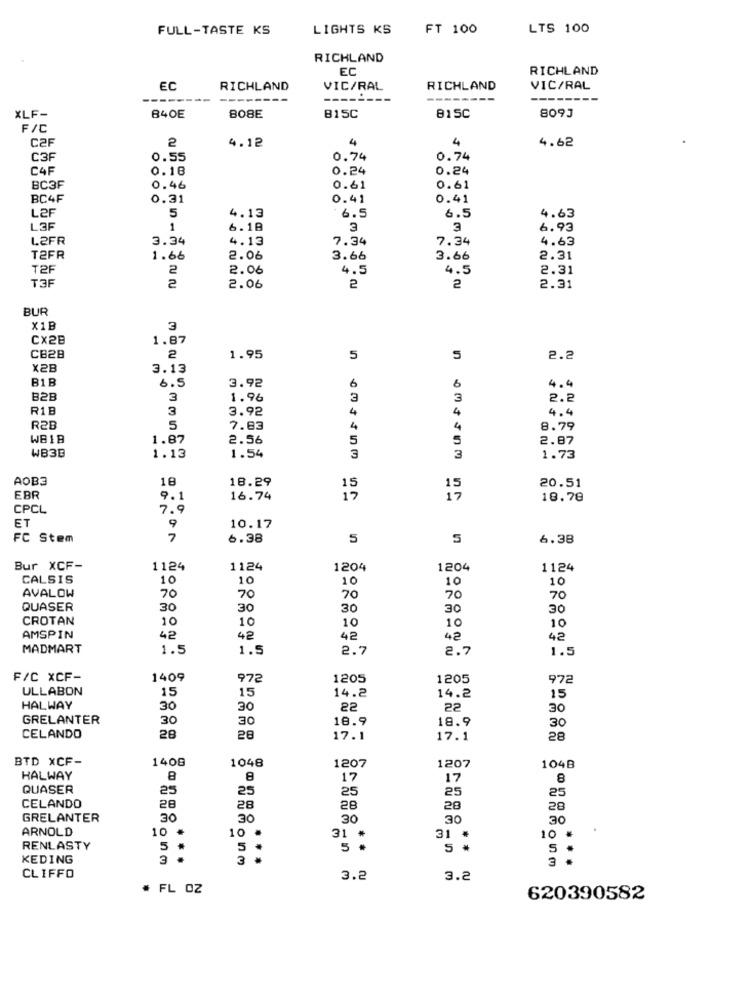
FULL-TASTE KS
LIGHTS KS
FT 100
LTS 100
RICHLAND
EC
RICHLAND
EC
RICHLAND
VIC/RAL
RICHLAND
VIC/RAL
-----
XLF-
B40E
808E
B15C
815C
8093
F/C
C2F
2
4.12
4
4
4.62
C3F
0.55
0.74
0.74
CAF
0.18
0.24
0.24
BC3F
0.46
0.61
0.61
BC4F
0.31
0.41
0.41
L2F
5
4.13
6.5
6.5
4.63
L3F
1
6.18
3
3
6.93
L2FR
3.34
4.13
7.34
7.34
4.63
T2FR
1.66
2.06
3.66
3.66
2.31
T2F
2
2.06
4.5
4.5
2.31
T3
2
2.06
2
2
2.31
BUR
X1B
3
Cx2B
1.87
CB28
2
1.95
5
5
2.2
X2E
3.13
B1B
6.5
3.92
6
6
4.4
B2B
3
1.96
3
3
2.2
R1B
3
3.92
4
4
4.4
R2B
5
7.83
4
4
8.79
WB18
1.87
2.56
5
5
2.87
WB3B
1.13
1.54
3
3
1.73
AOB3
18
18.29
20.51
15
EBR
9.1
16.74
17
18.78
CPCL
7.9
ET
10.17
FC Stem
7
6.38
5
5
6.38
Bur XCF-
1124
1124
1204
1204
1124
CALSIS
10
10
10
10
10
AVALOW
70
70
70
70
70
QUASER
30
30
30
30
30
CROTAN
10
10
10
10
10
AMSPIN
42
42
42
42
42
MADMART
1.5
1.5
2.7
2.7
1.5
F/C XCF-
1409
972
1205
1205
972
ULLABON
15
15
14.2
14.2
15
HALWAY
30
30
22
22
30
GRELANTER
30
30
18.9
18.9
30
CELANDO
28
28
17.1
17.1
28
BTD XCF-
1408
1048
1207
1207
104B
HALWAY
8
8
17
17
8
QUASER
25
25
25
25
25
CELANDO
28
28
28
20
28
GRELANTER
30
30
30
30
30
ARNOLD
10
.
10
10 .
31 #
31 *
RENLASTY
5
5
5 .
5 *
5
KEDING
3
3 .
CLIFFO
3.2
3.2
# FL OZ
620390582